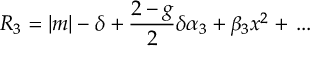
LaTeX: R _ { 3 } = | m | - \delta + { \frac { 2 - g } { 2 } } \delta \alpha _ { 3 } + \beta _ { 3 } x ^ { 2 } + \, . . .